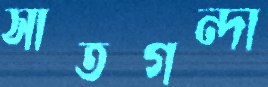
সাতগন্দা